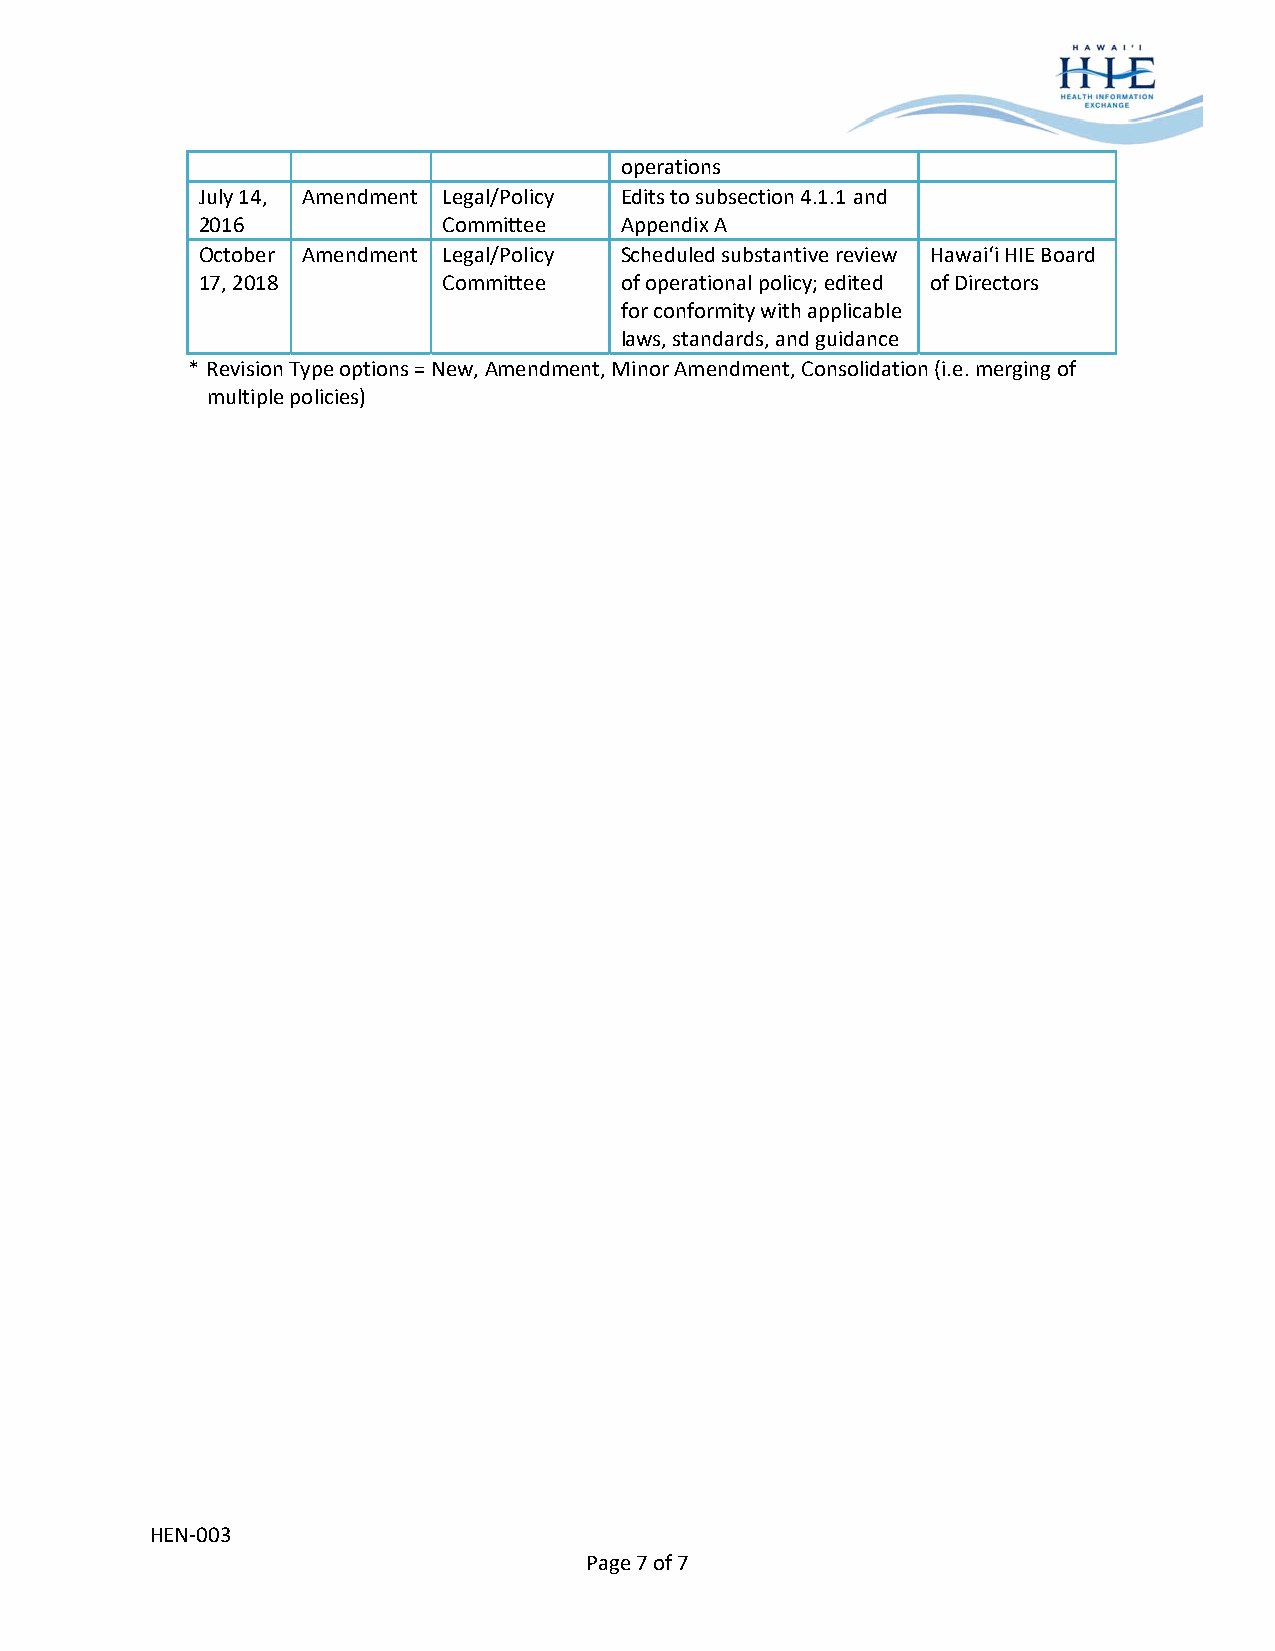
operations
 July 14, Amendment Legal/Policy Edits to subsection 4.1.1 and
 2016            Committee   Appendix A
 October Amendment Legal/Policy Scheduled substantive review Hawai‘i HIE Board
 17, 2018        Committee   of operational policy; edited of Directors
 for conformity with applicable
 laws, standards, and guidance
 * Revision Type options = New, Amendment, Minor Amendment, Consolidation (i.e. merging of
 multiple policies)
 HEN‐003
 Page 7 of 7